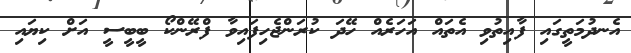
އެނދުމަތީގައި ފާއިތުވި އެތައް އަހަރެއް ހޭދަ ކުރަންޖެހިފައިވާ ފްރޭންކޯ ބީބީސީ އަށް ކިޔައި